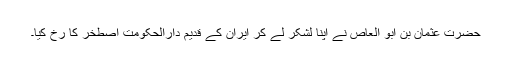
حضرت عثمان بن ابو العاص نے اپنا لشکر لے کر ایران کے قدیم دارالحکومت اصطخر کا رخ کیا۔